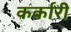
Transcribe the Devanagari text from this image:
कर्कारी